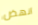
انهض